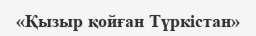
«Қызыр қойған Түркістан»